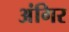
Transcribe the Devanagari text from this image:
अंगिर